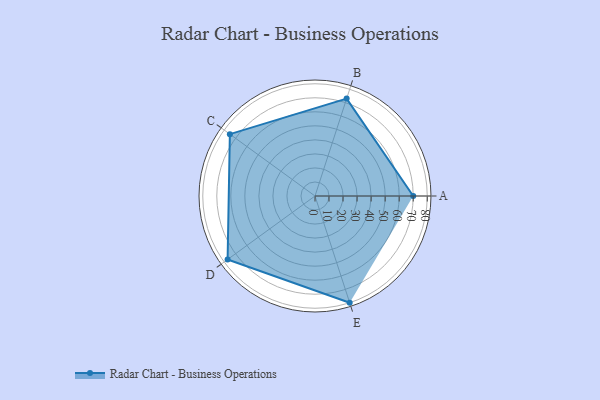
{"axis": {"x": "Skill", "y": "Score"}, "legend": ["Profile"], "data": [{"x": "A", "y": 70.0, "type": "Profile"}, {"x": "B", "y": 73.0, "type": "Profile"}, {"x": "C", "y": 75.0, "type": "Profile"}, {"x": "D", "y": 77.0, "type": "Profile"}, {"x": "E", "y": 80.0, "type": "Profile"}]}